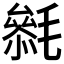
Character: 𣯺